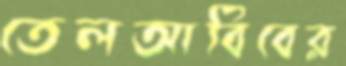
তেলআবিবের